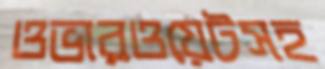
ওভারওয়েটসহ